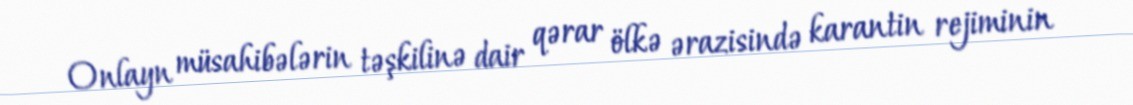
Onlayn müsahibələrin təşkilinə dair qərar ölkə ərazisində karantin rejiminin